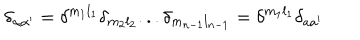
\delta _ { \alpha \alpha ^ { \prime } } = \delta ^ { m _ { 1 } l _ { 1 } } \delta _ { m _ { 2 } l _ { 2 } } . . . \delta _ { m _ { n - 1 } l _ { n - 1 } } = \delta ^ { m _ { 1 } l _ { 1 } } \delta _ { a a ^ { \prime } }